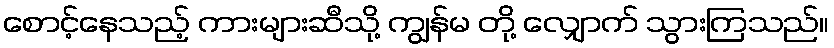
စောင့်နေသည့် ကားများဆီသို့ ကျွန်မ တို့ လျှောက် သွားကြသည်။